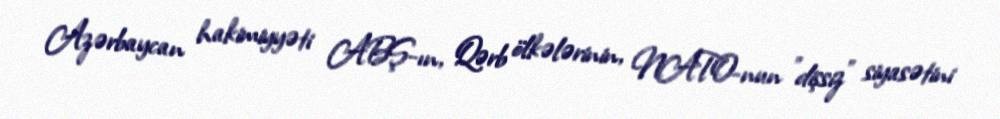
Azərbaycan hakimiyyəti ABŞ-ın, Qərb ölkələrinin, NATO-nun "dişsiz" siyasətini